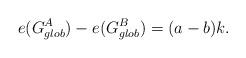
LaTeX: \begin{align*}e(G_{glob}^A) -e(G_{glob}^B) =(a-b)k.\end{align*}